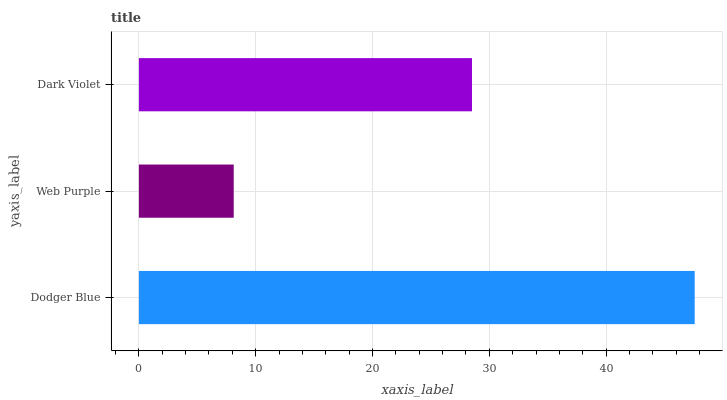
| yaxis_label | bars |
 | --- | --- |
 | Dodger Blue | 47.6 |
 | Web Purple | 8.12 |
 | Dark Violet | 28.5 |